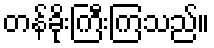
တန်ခိုးကြီးကြသည်။